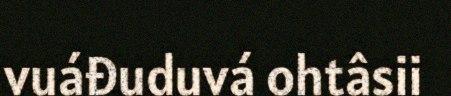
vuáđuduvá ohtâsii